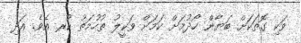
ވަކި ގޮތަކަށް ބަޔާން ހޯދުމަށް ކަމަށް ވަކީލު ތުހުމަތު ކުރ އެވެ. އަދި